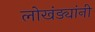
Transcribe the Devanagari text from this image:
लोखंड्यांनी